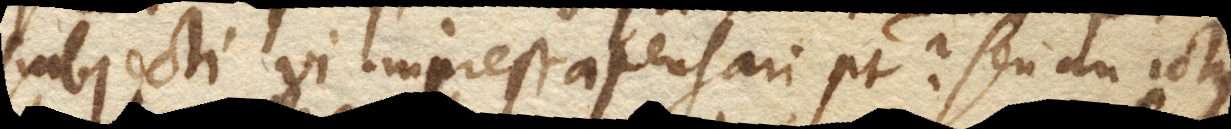
subjecti vi impressa pensari potest? Seu an ictus